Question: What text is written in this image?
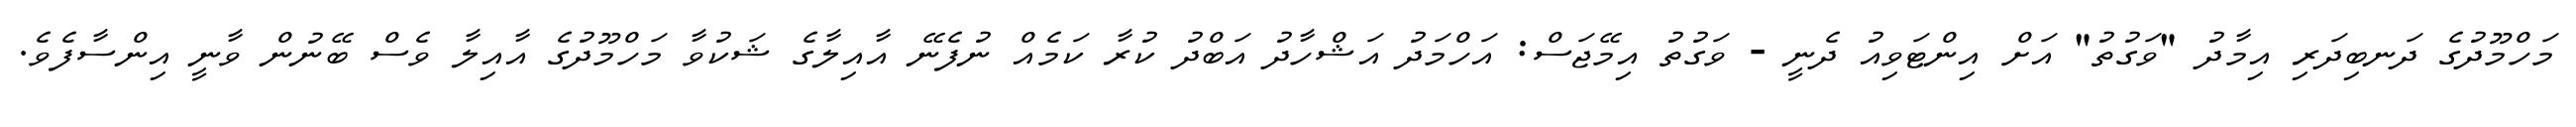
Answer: މަހްމޫދުގެ ދަނބިދަރި އިމާދު "ވަގުތު" އަށް އިންޓަވިއު ދެނީ - ވަގުތު އިމޭޖަސް: އަހްމަދު އަޝްހާދު އަބްދު ކުރާ ކަމެއް ނުފެނޭ އާއިލާގެ ޝަކުވާ މަހްމޫދުގެ އާއިލާ ވެސް ބޭނުން ވާނީ އިންސާފެވެ.